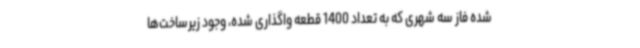
شده فاز سه شهری که به تعداد 1400 قطعه واگذاری شده، وجود زیرساخت‌ها